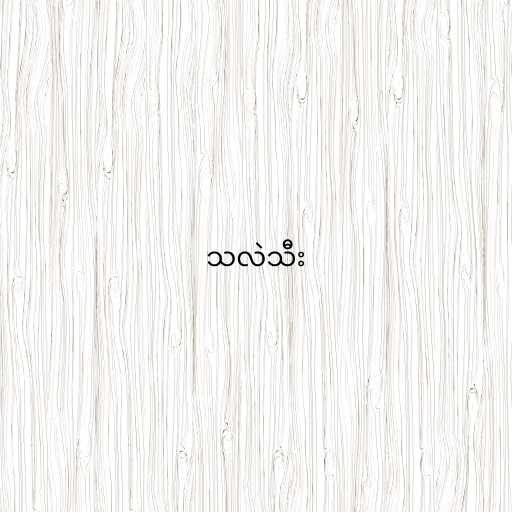
သလဲသီး